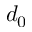
d _ { 0 }